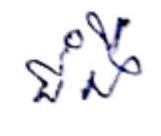
ជំងឺ